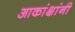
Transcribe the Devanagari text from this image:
आकांक्षांनी